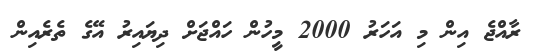
ރާއްޖެ އިން މި އަހަރު 2000 މީހުން ހައްޖަށް ދިޔައިރު އޭގެ ތެރެއިން